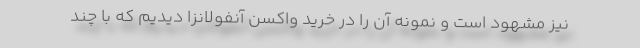
نیز مشهود است و نمونه آن را در خرید واکسن آنفولانزا دیدیم که با چند